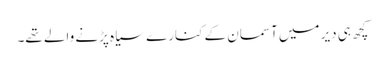
کچھ ہی دیر میں آسمان کے کنارے سیاہ پڑنے والے تھے۔